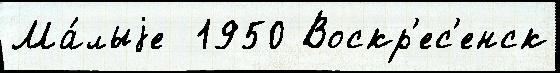
Ма́лыjе  1950 Воскр'ес'енск